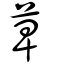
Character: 萆